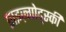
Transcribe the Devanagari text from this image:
प्राइज़्गोद्स्की